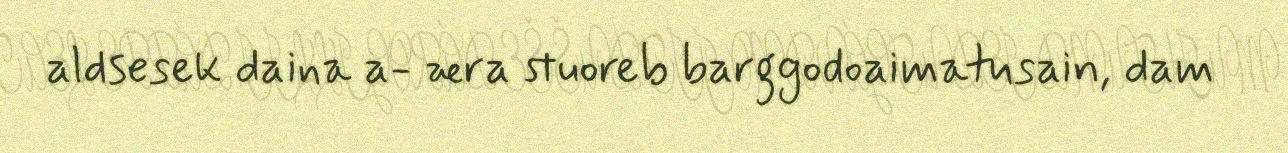
aldsesek daina a- æra stuoreb barggodoaimatusain, dam